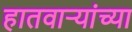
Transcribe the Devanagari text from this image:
हातवाऱ्यांच्या